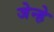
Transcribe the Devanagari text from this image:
जेन्हे